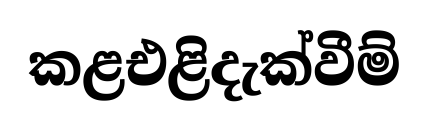
කළඑළිදැක්වීම්